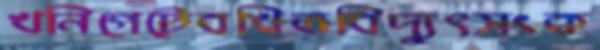
খনিগেটেবখিতবিদ্যুৎসংক